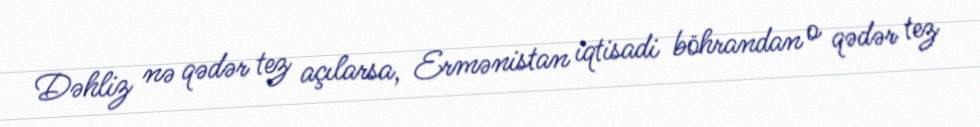
Dəhliz nə qədər tez açılarsa, Ermənistan iqtisadi böhrandan o qədər tez